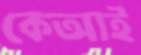
কেআই